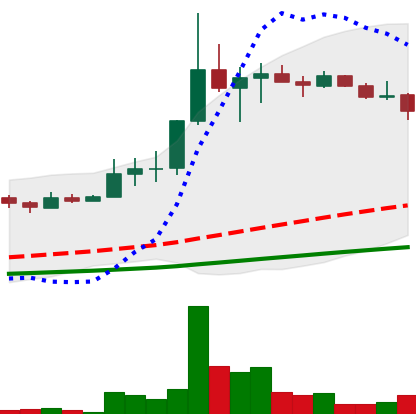
Ticker: LINK-USD
Chart end date: 2019-07-09
Forward return: -10.458%
Label: down_7plus